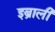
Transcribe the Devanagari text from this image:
इब्राली